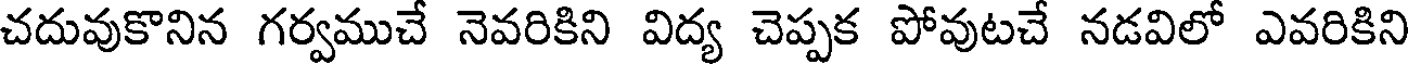
చదువుకొనిన గర్వముచే నెవరికిని విద్య చెప్పక పోవుటచే నడవిలో ఎవరికిని